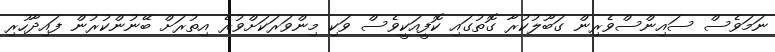
ނަމަވެސް ސައިންސްވެރިން ގަބޫލުކުރާ ގޮތުގައި ކޮފީއަކީވެސް ވަކި މިންވަރަކަށްވުރެ އިތުރަށް ބޭނުންކުރުން ފައިދާހުރި